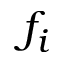
f _ { i }